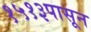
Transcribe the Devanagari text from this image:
१५१३पासून